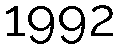
1992